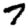
Digit: 7